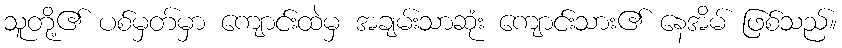
သူတို့၏ ပစ်မှတ်မှာ ကျောင်းထဲမှ အချမ်းသာဆုံး ကျောင်းသား၏ နေအိမ် ဖြစ်သည်။